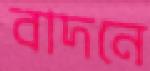
বাদনে